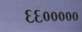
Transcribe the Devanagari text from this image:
६६०००००